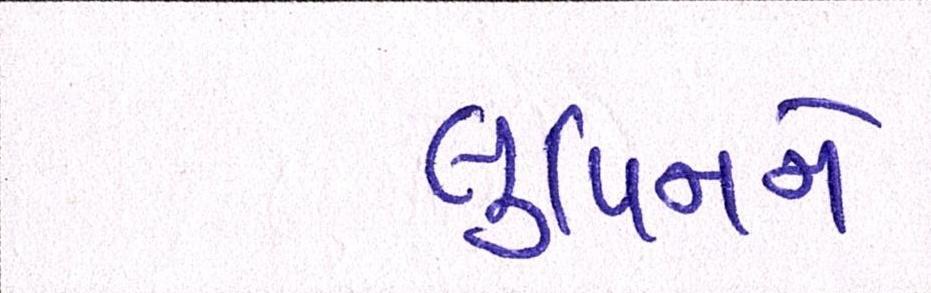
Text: લુપિનને